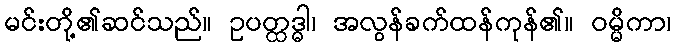
မင်းတို့၏ဆင်သည်။ ဥပတ္ထဒ္ဓါ၊ အလွန်ခက်ထန်ကုန်၏။ ဝမ္မိကာ၊